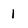
Character: 1